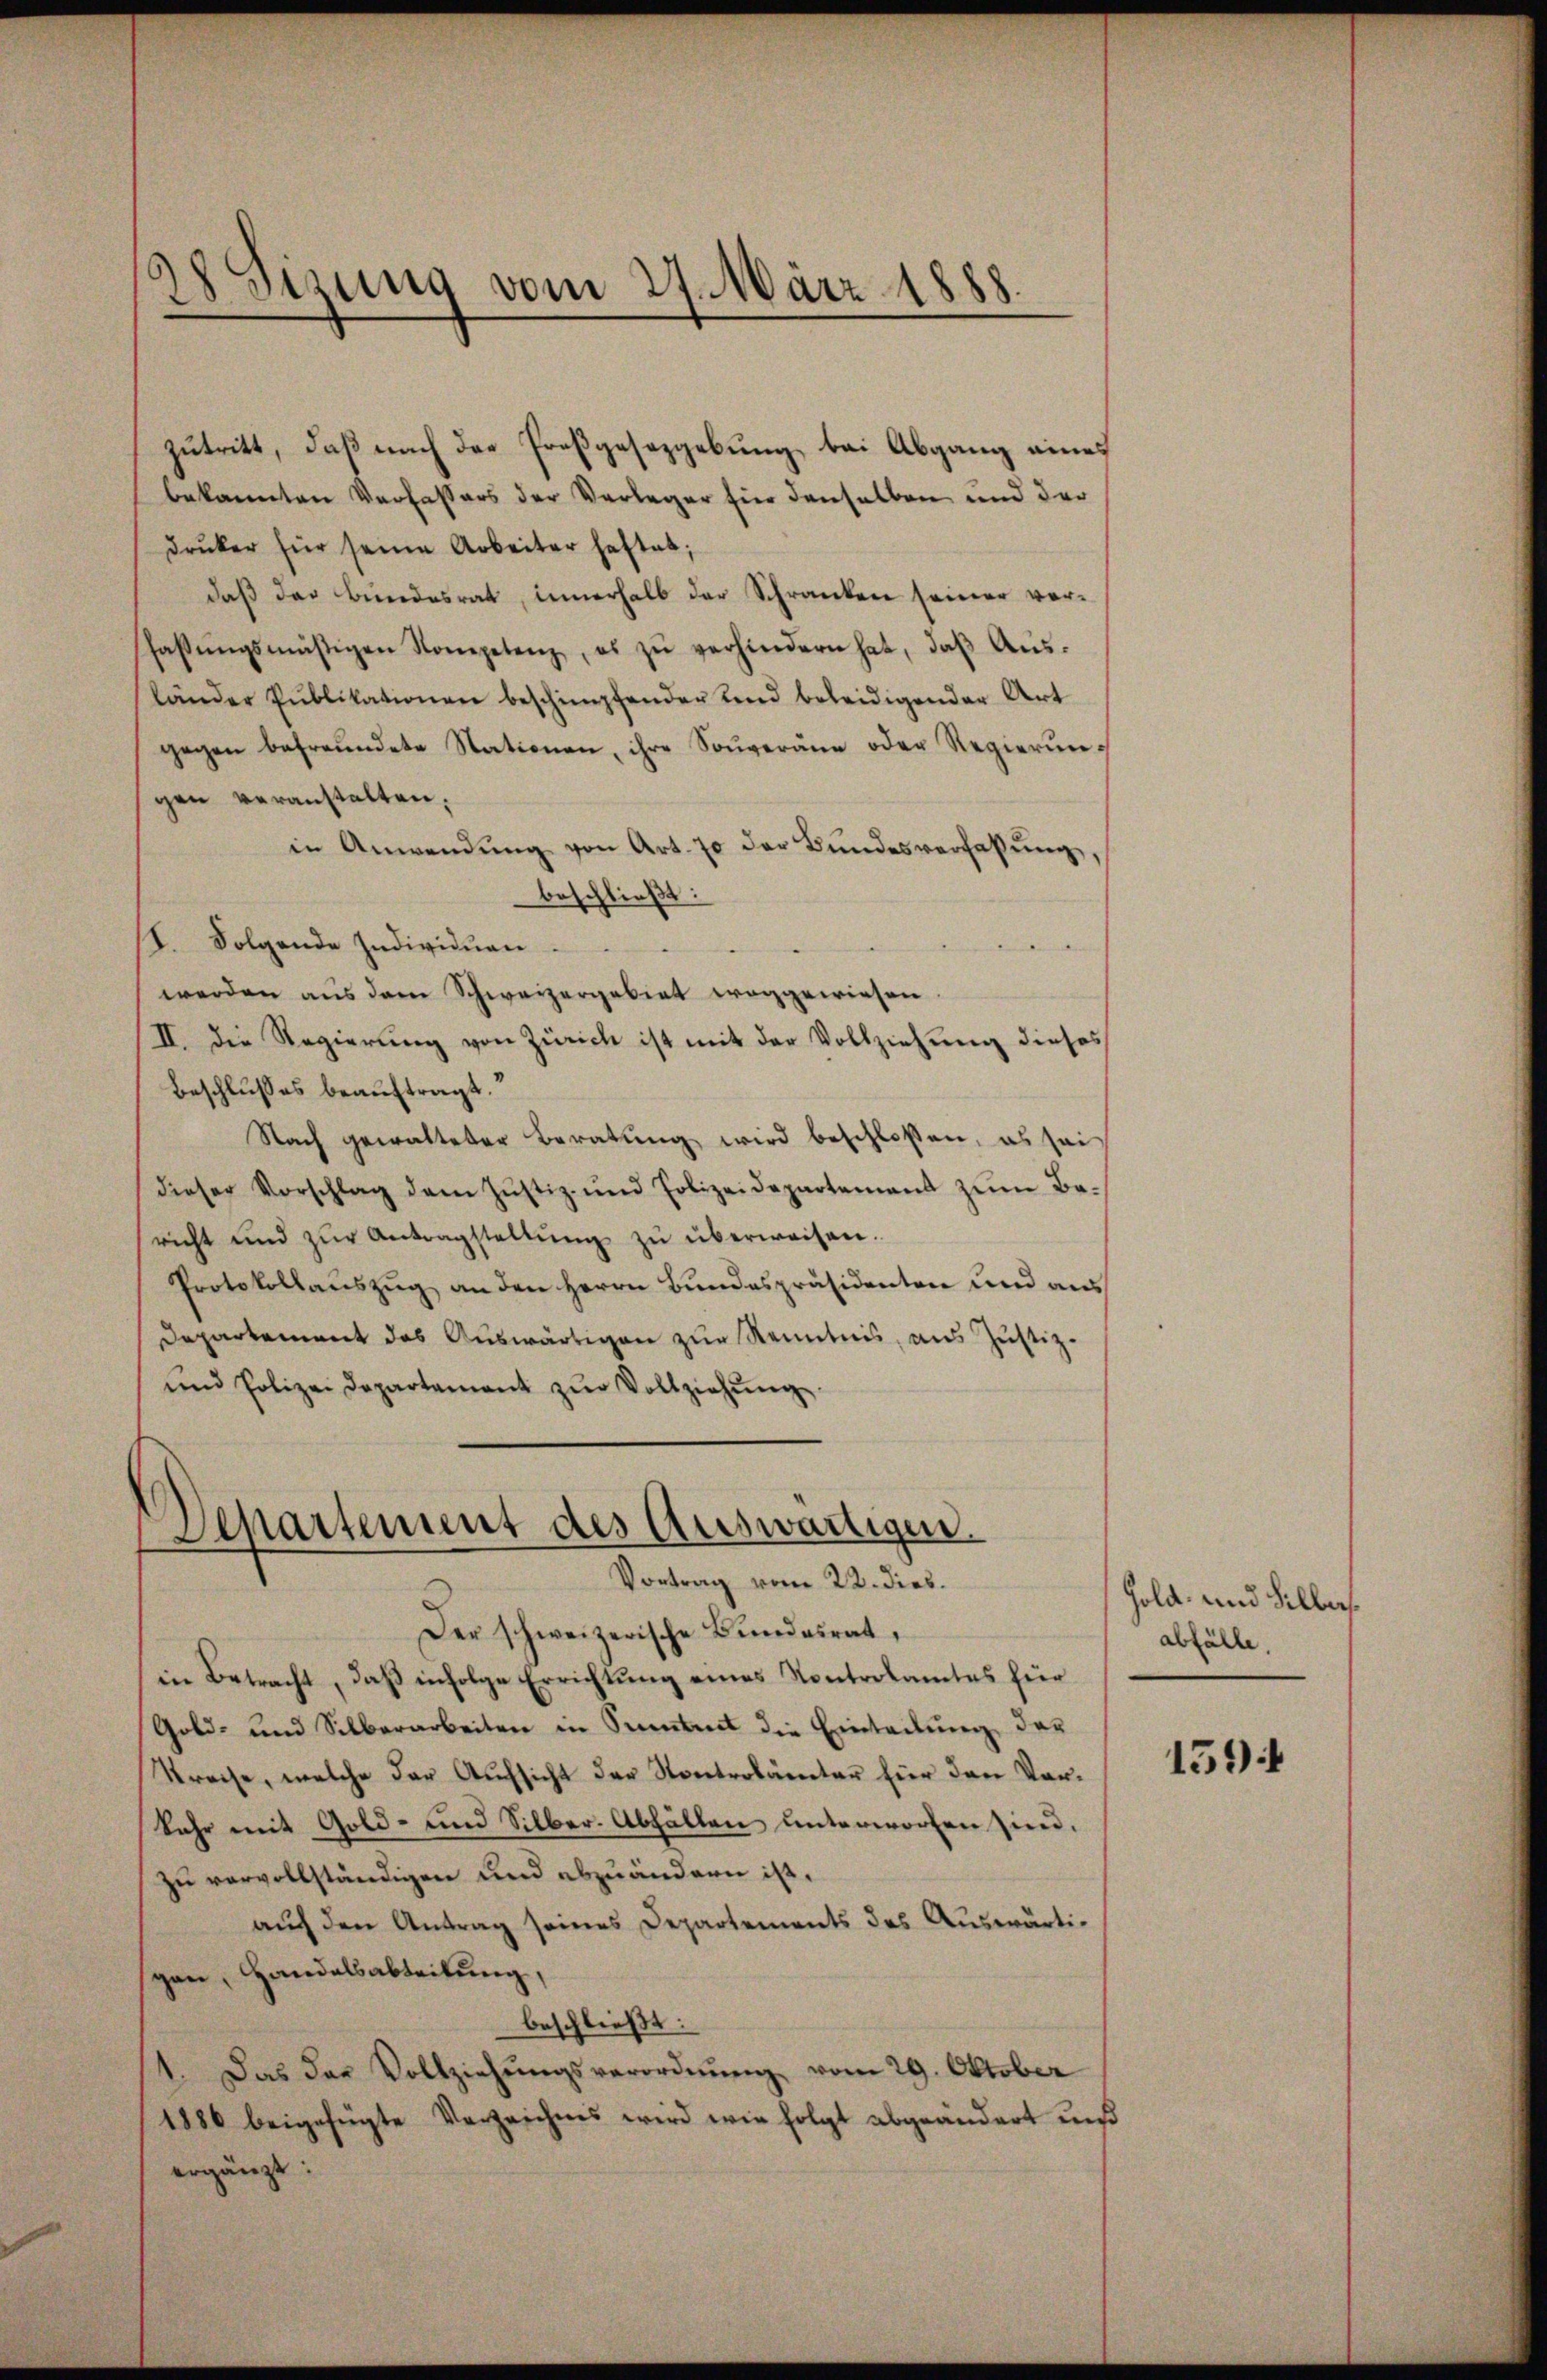
Sizung vom 27. März 1888.

zutritt, daß nach der Proßgesezgebung bei Abgang eines
bekannten Verfassers der Verleger für denselben und der
Druker für seine Arbeiter haftet;
daß des Bundesrat, innerhalb der Schranken seiner verfassŭngsmäßigen Kompetenz, es zŭ verhindern hat, daβ Aŭs-
länder Publikationen beschimpfender und beleidigender Art
gegen befreundete Stationen, ihre Souveräne oder Regierungen veranstalten,
in Anwendŭng von Art. 70 der Bundesverfassŭng,
beschließt:
I. Folgende Individuen.
werden aus dem Schweizergebiet weggewiesen
II. Die Regierung von Zürich ist mit der Vollziehung dieses
Beschlusses beauftragt.
Nach gewalteter Beratung wird beschlossen, es sei
dieser Vorschlag dem Jŭstiz- und Polizeidepartement zŭm Bericht und zŭr Antragstellŭng zŭ überweisen.
Protokollauszug an den Herrn Bundespräsidenten und aus
Departement das Auswärtigen zur Kenntnis, aus Justiz-
und Polizei Departement zŭr Vollziehŭng.

Departement des Auswärtigen.
Vortrag vom 22. dies.

Der schweizerische Bundesrat,
in Betracht, daß infolge Errichtung eines Kontrolamtes für
Gold- und Silberarbeiten in Sammt die Einteilung der
Streise, welche der Aufsicht der Kontrolämter für den Vor-
Sehr mit Gold- und Silber. Abfällen unterworfen sind.
zu vervollständigen und abzuändern ist.
auch den Antrag seines Departements des Auswärtigen, Handelsabteilung,
beschließt:
1. Das das Vollziehŭngsverordnŭng vom 29. Oktober
1886 beigefügte Verzeichnis wird wie folgt abgeändert uns
ergänzt:

Gold- und Silbersabfälle.

1594